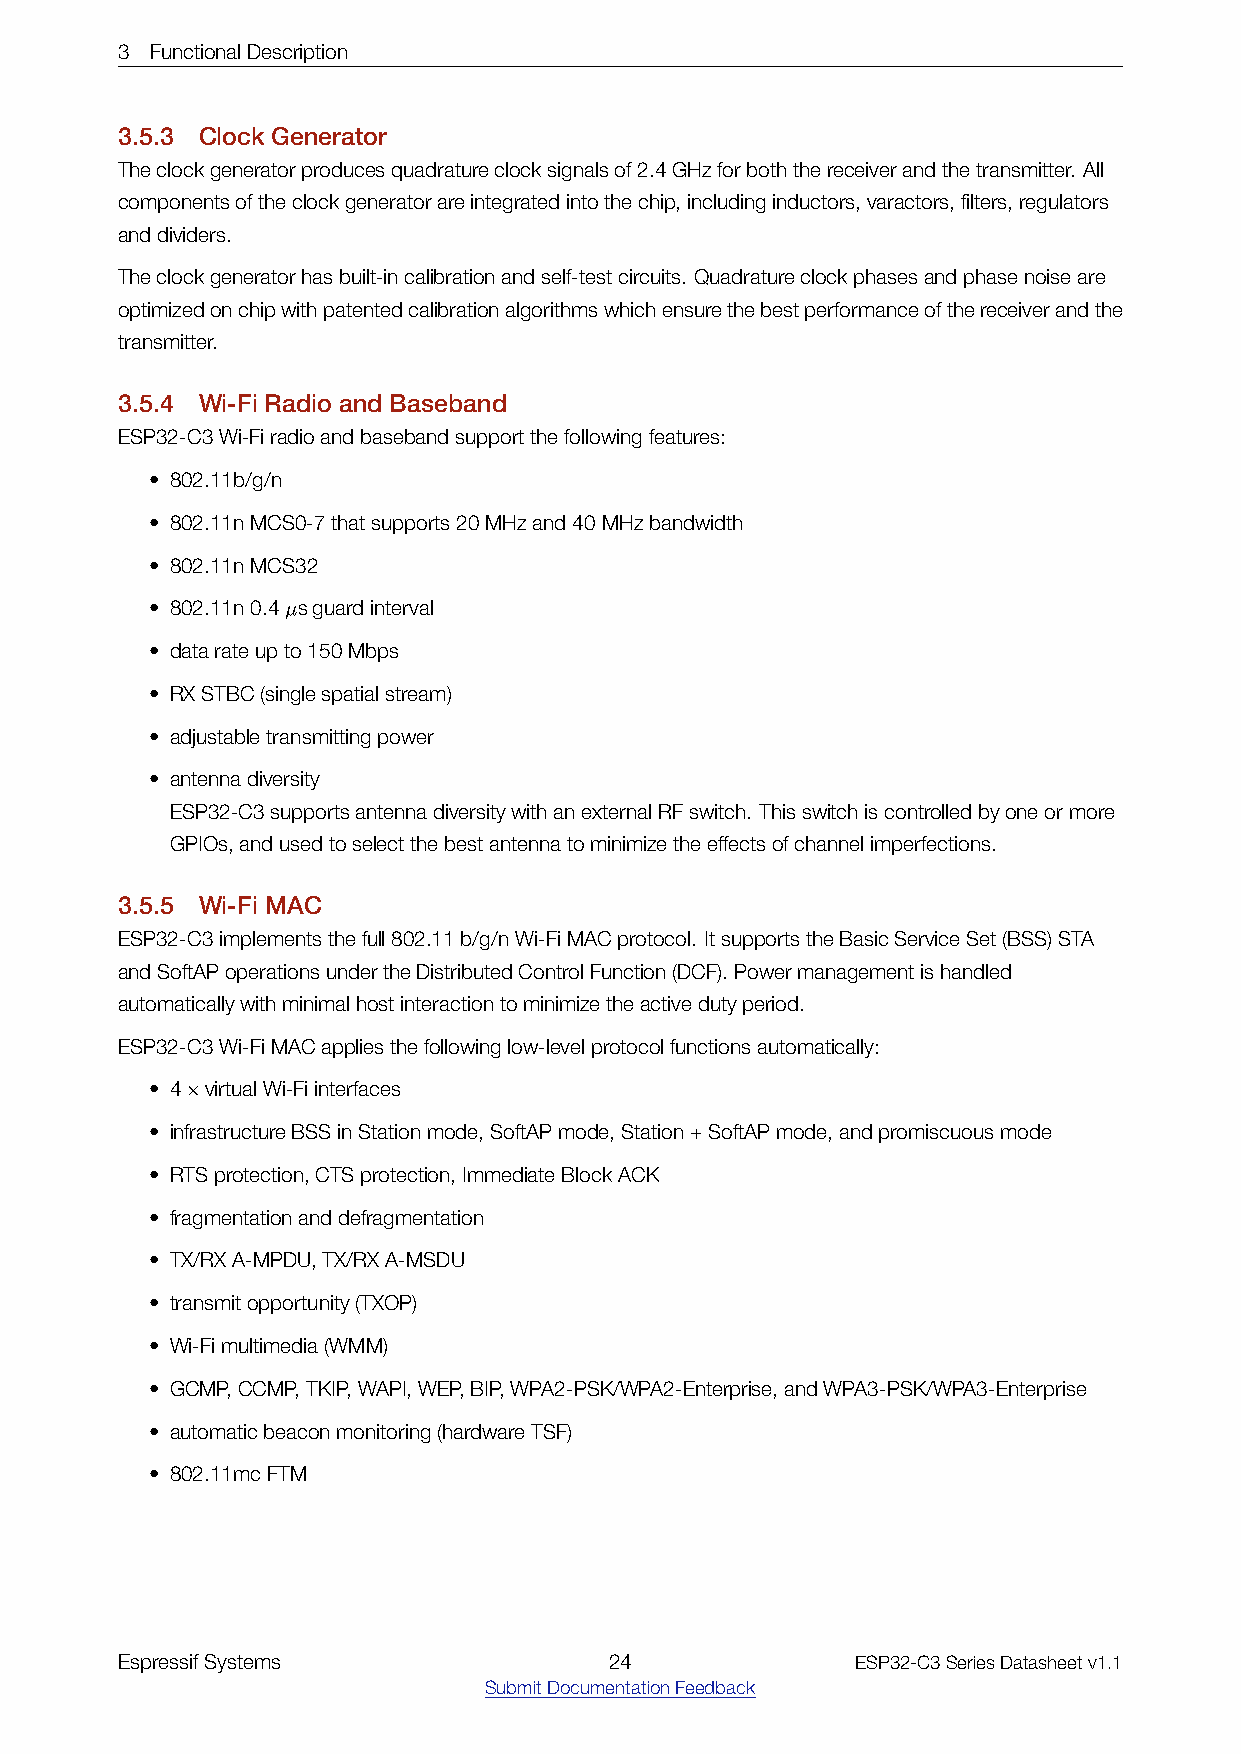
3 FunctionalDescription
 3.5.3 Clock Generator
 Theclockgeneratorproducesquadratureclocksignalsof2.4GHzforboththereceiverandthetransmitter. All
 componentsoftheclockgeneratorareintegratedintothechip,includinginductors,varactors,filters,regulators
 anddividers.
 Theclockgeneratorhasbuilt-incalibrationandself-testcircuits. Quadratureclockphasesandphasenoiseare
 optimizedonchipwithpatentedcalibrationalgorithmswhichensurethebestperformanceofthereceiverandthe
 transmitter.
 3.5.4 Wi­Fi Radio and Baseband
 ESP32-C3Wi-Firadioandbasebandsupportthefollowingfeatures:
 • 802.11b/g/n
 • 802.11nMCS0-7thatsupports20MHzand40MHzbandwidth
 • 802.11nMCS32
 • 802.11n0.4µsguardinterval
 • datarateupto150Mbps
 • RXSTBC(singlespatialstream)
 • adjustabletransmittingpower
 • antennadiversity
 ESP32-C3supportsantennadiversitywithanexternalRFswitch. Thisswitchiscontrolledbyoneormore
 GPIOs,andusedtoselectthebestantennatominimizetheeffectsofchannelimperfections.
 3.5.5 Wi­Fi MAC
 ESP32-C3implementsthefull802.11b/g/nWi-FiMACprotocol. ItsupportstheBasicServiceSet(BSS)STA
 andSoftAPoperationsundertheDistributedControlFunction(DCF).Powermanagementishandled
 automaticallywithminimalhostinteractiontominimizetheactivedutyperiod.
 ESP32-C3Wi-FiMACappliesthefollowinglow-levelprotocolfunctionsautomatically:
 • 4×virtualWi-Fiinterfaces
 • infrastructureBSSinStationmode,SoftAPmode,Station+SoftAPmode,andpromiscuousmode
 • RTSprotection,CTSprotection,ImmediateBlockACK
 • fragmentationanddefragmentation
 • TX/RXA-MPDU,TX/RXA-MSDU
 • transmitopportunity(TXOP)
 • Wi-Fimultimedia(WMM)
 • GCMP,CCMP,TKIP,WAPI,WEP,BIP,WPA2-PSK/WPA2-Enterprise,andWPA3-PSK/WPA3-Enterprise
 • automaticbeaconmonitoring(hardwareTSF)
 • 802.11mcFTM
 EspressifSystems                24               ESP32-C3SeriesDatasheetv1.1
 SubmitDocumentationFeedback